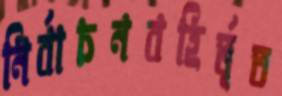
নির্বাচনবহির্ভূত